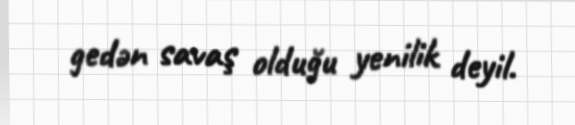
gedən savaş olduğu yenilik deyil.